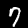
Label: 7